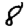
Digit: 8